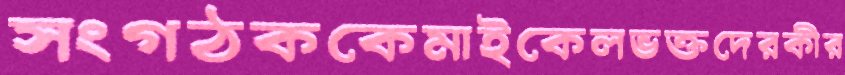
সংগঠককেমাইকেলভক্তদেরকীর